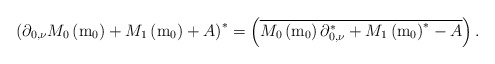
\begin{align*}\left(\partial_{0,\nu}M_{0}\left(\mathrm{m}_{0}\right)+M_{1}\left(\mathrm{m}_{0}\right)+A\right)^{*}=\left(\overline{M_{0}\left(\mathrm{m}_{0}\right)\partial_{0,\nu}^{*}+M_{1}\left(\mathrm{m}_{0}\right)^{*}-A}\right).\end{align*}